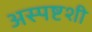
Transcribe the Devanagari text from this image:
अस्पष्टशी